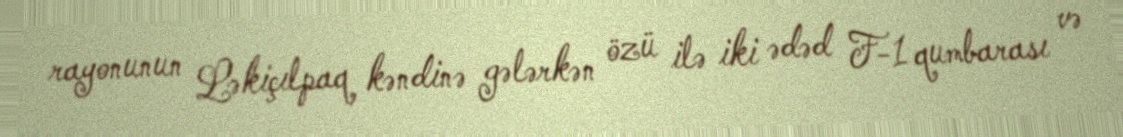
rayonunun Ləkiçılpaq kəndinə gələrkən özü ilə iki ədəd F-1 qumbarası və